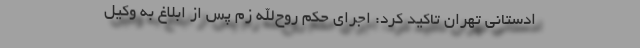
ادستانی تهران تاکید کرد: اجرای حکم روح‌الله زم پس از ابلاغ به وکیل